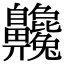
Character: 𪗂